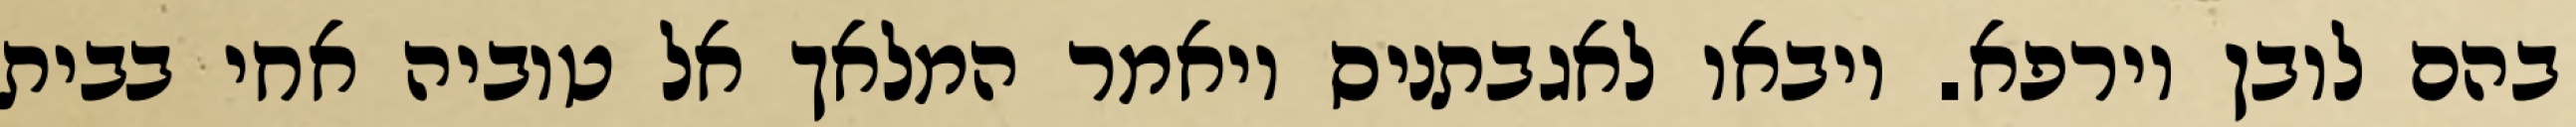
בהם לובן וירפא. ויבאו לאגבתניס ויאמר המלאך אל טוביה אחי בבית